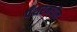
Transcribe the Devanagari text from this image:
पँथरमधील